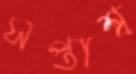
সপ্তাশ্ব